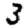
Digit: 3